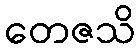
တေဇသိ